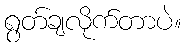
ရွတ်ချလိုက်တာပဲ။